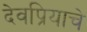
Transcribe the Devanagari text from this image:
देवप्रियाचे